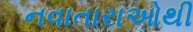
નવાતારાઓથી